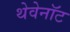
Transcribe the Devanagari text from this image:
थेवेनॉट